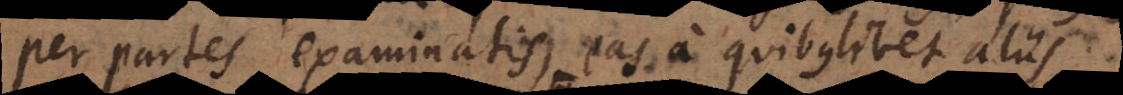
per partes examinatis, eas a quibuslibet aliis